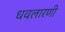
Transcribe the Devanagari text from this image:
धवलारणी